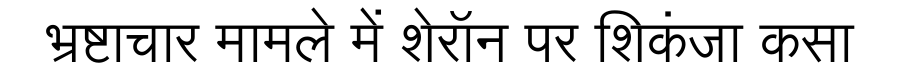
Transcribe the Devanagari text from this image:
भ्रष्टाचार मामले में शेरॉन पर शिकंजा कसा